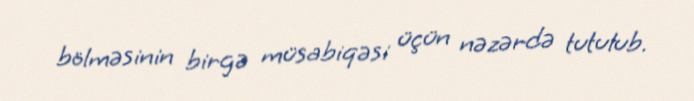
bölməsinin birgə müsabiqəsi üçün nəzərdə tutulub.